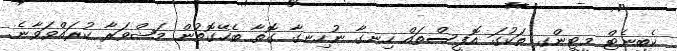
ކެބިނެޓް މީޓިންގ ތަކުގަ އޮފީސްތައް ހިނގާ ނުހިނގާ ގޮތާ ބެހޭގޮތުން މަޝްވަރާ ކުރައްވަވާނެ.